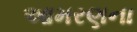
આમરણના